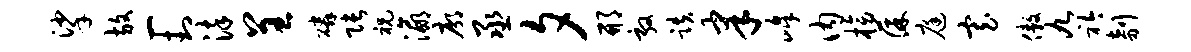
挲放一封染呈磷张祝瀛廓丞夕邢敦跌聿峰内榜葆庭寡傲九衿剞